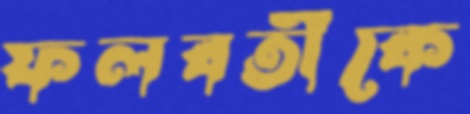
ফলবতীকে